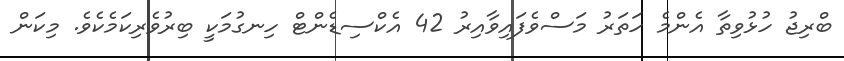
ބްރިޖު ހުޅުވިތާ އެންމެ ހަތަރު މަސްވެފައިވާއިރު 42 އެކްސިޑެންޓް ހިނގުމަކީ ބިރުވެރިކަމެކެވެ. މިކަން